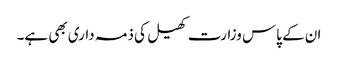
ان کے پاس وزارت کھیل کی ذمہ داری بھی ہے۔